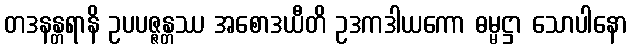
တဒနန္တရာနိ ဥပပဇ္ဇန္တဿ အစောဒယီတိ ဥဒကဒါယကော ဓမ္မဋ္ဌာ သောပါနော